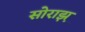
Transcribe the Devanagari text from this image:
सोराझ़